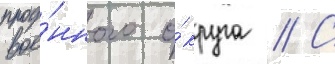
вое́нного о́круга // С